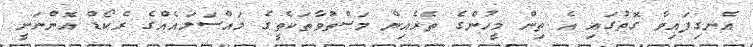
އެނގިފައިވާ ގޮތުގައި އެ ތިން މީހުންގެ ތެރެއިން މަސްތުވާތަކެތީގެ މައްސަލައެއްގެ ރެކޯޑް އޮންނަނީ